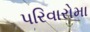
પરિવારોમા